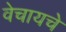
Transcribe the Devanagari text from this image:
वेचायचे